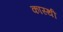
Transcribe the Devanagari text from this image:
कास्थी